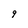
Character: 9